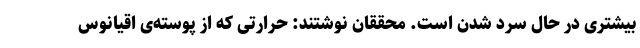
بیشتری در حال سرد شدن است. محققان نوشتند: حرارتی که از پوسته‌ی اقیانوس